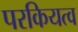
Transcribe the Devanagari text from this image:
परकियत्व